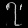
Digit: ၇